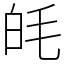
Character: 㿞